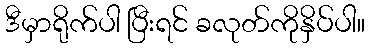
ဒီမှာရိုက်ပါ ပြီးရင် ခလုတ်ကိုနှိပ်ပါ။